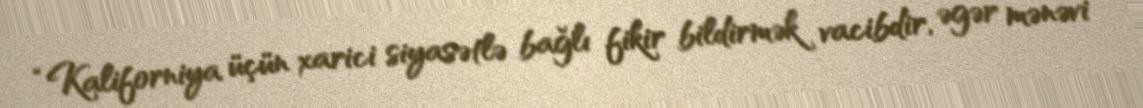
“Kaliforniya üçün xarici siyasətlə bağlı fikir bildirmək vacibdir, əgər mənəvi